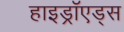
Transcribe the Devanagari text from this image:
हाइड्रॉएड्स